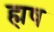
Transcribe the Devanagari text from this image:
ह्मष